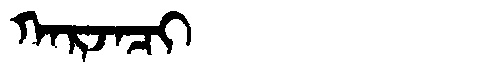
Manchu: ᡴᠠᡵᠵᠠᠴᡳ
Romanization: KARJACI